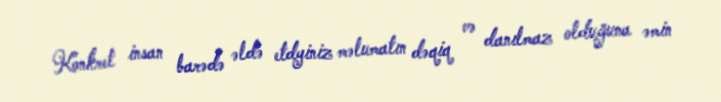
Konkret insan barədə əldə etdyiniz məlumatın dəqiq və danılmaz olduğuna əmin